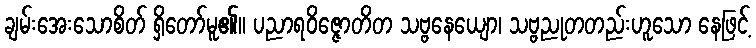
ချမ်းအေးသောစိတ် ရှိတော်မူ၏။ ပညာရဝိဇ္ဇောတိတ သဗ္ဗနေယျော၊ သဗ္ဗညုတတည်းဟူသော နေဖြင့်